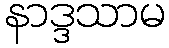
နာဒ္ဒသာမ